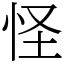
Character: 怪